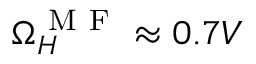
\Omega _ { H } ^ { \mathrm { ~ M ~ F ~ } } \approx 0 . 7 V